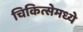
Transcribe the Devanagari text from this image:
चिकित्सेमध्ये